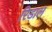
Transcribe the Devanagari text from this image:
रिडाल